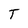
Character: T